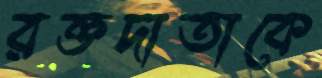
রক্তদাতাকে